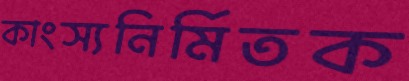
কাংস্যনির্মিতক